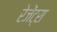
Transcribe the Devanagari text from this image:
रेजेंट्स